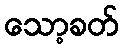
သော့ခတ်